system: You are a helpful assistant.
user:
Analyze the provided spectrum to determine if it is a **Carbon Star (C-type)**.

- **Key Visual Indicators of Carbon Star:**
    - **(Primary):** Strong molecular absorption from **C₂ (diatomic carbon) "Swan Bands."** This is the **defining feature** of a carbon star.
        - **(Key Bandheads):** Sharp absorption edges are visible at approximately $5635$ Å, $5165$ Å (the strongest band), and $4737$ Å.
        - **(Line Profile):** Creates a distinct **"saw-tooth"** pattern. The key morphology is a sharp, steep bandhead on the **red (long-wavelength) side**, which then gradually tapers off (i.e., flux recovers) towards the **blue (short-wavelength) side**. *(This is the direct opposite of the TiO bands seen in M-type stars)*.

    - **(Secondary):** Intense **CN (cyanogen)** molecular absorption bands.
        - **(Key Bandheads):** Located in the blue and violet regions of the spectrum (e.g., near $4215$ Å and $3883$ Å).
        - **(Morphology):** These bands are extremely broad and act as a "blanket," absorbing the vast majority of blue and violet light. This creates a characteristic **"cliff"** or **"steep drop-off"** in the spectrum's flux at short wavelengths.

    - **(Key Confirmation):** Strong **CH absorption band (G-band)**.
        - **(Key Bandhead):** Located around $4300$ Å. The contribution from CH molecules to this band is exceptionally strong.

    - **(Overall Spectrum):**
        - The continuum is severely "chopped up" by these deep molecular bands, especially C₂, rather than appearing as a smooth curve.
        - Due to the heavy CN and C₂ absorption in the blue-green, the vast majority of the star's flux is concentrated in the red part of the spectrum, giving the star its characteristic deep red color.

Think first, call **spectral_visualization_tool** if needed to examine features in detail, then provide your final answer. Your response must adhere to the following strict rules:
1.  **Overall Structure:** Your response must follow the format `<think>...</think> <tool_call>...</tool_call> (if a tool is used) <answer>...</answer>`.
2.  **Tool Usage Constraint:** You may only make **one** tool call per turn.
3.  **Final Answer Format:** In the `<answer>` tag, your conclusion must be inside a `\boxed{}` command (e.g., `\boxed{YES}`), followed by your justification.

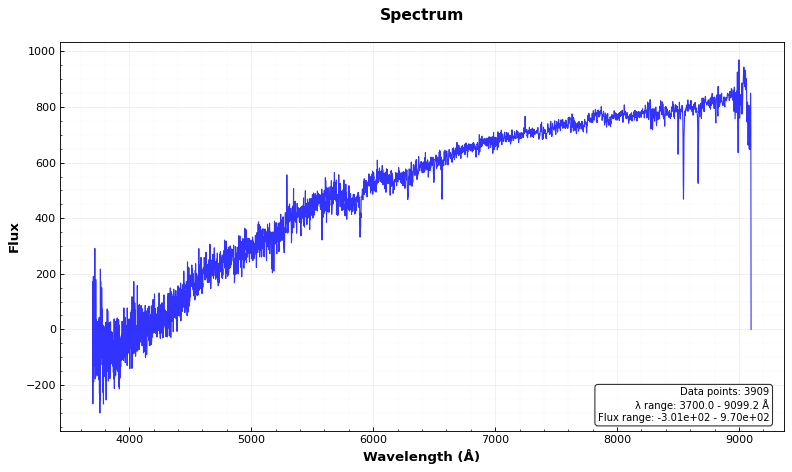
Answer: NO